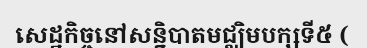
សេដ្ឋកិច្ចនៅសន្និបាតមជ្ឈិមបក្សទី៥ (